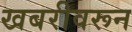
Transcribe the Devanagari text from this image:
खबरीवरून